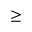
\ge